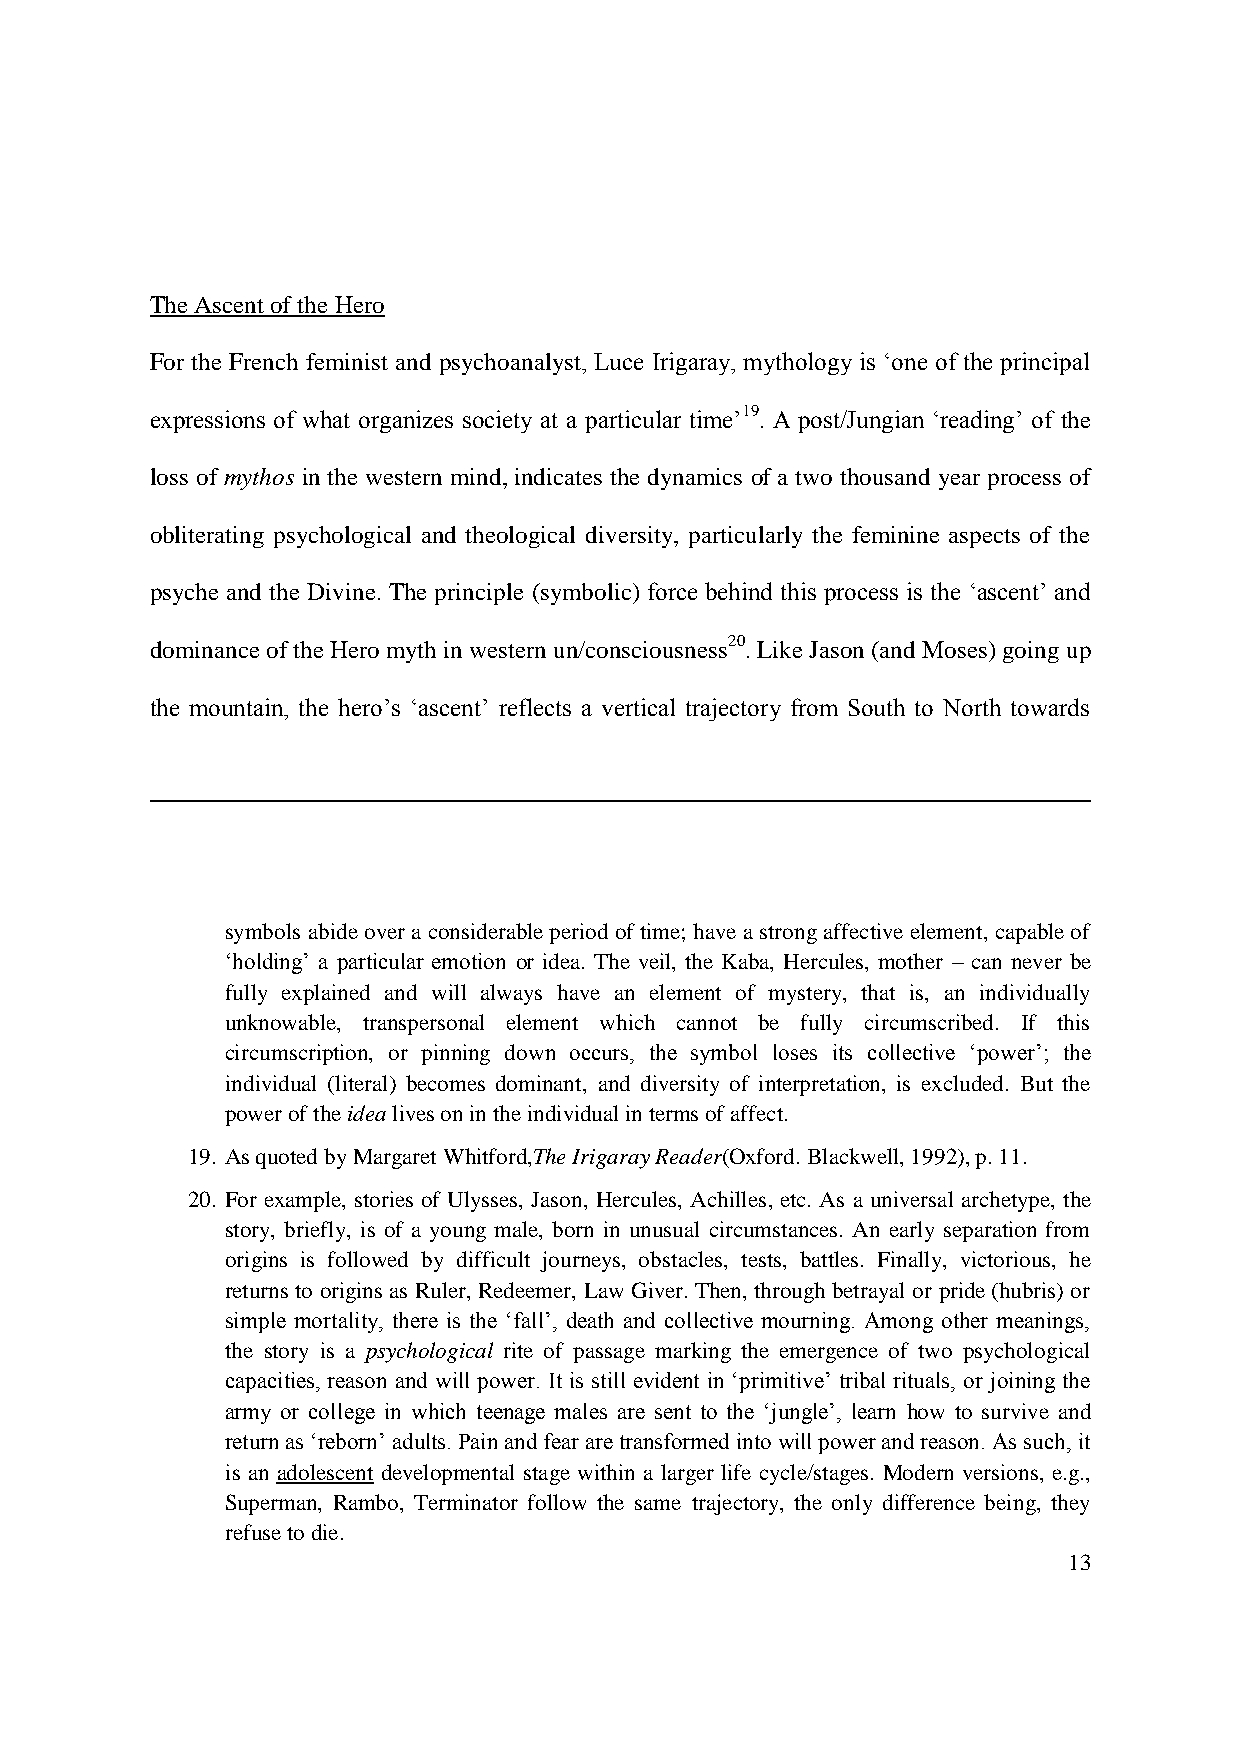
The Ascent of the Hero
 For the French feminist and psychoanalyst, Luce Irigaray, mythology is „one of the principal
 expressions of what organizes society at a particular time‟19. A post/Jungian „reading‟ of the
 loss of mythos in the western mind, indicates the dynamics of a two thousand year process of
 obliterating psychological and theological diversity, particularly the feminine aspects of the
 psyche and the Divine. The principle (symbolic) force behind this process is the „ascent‟ and
 dominance of the Hero myth in western un/consciousness20. Like Jason (and Moses) going up
 the mountain, the hero‟s „ascent‟ reflects a vertical trajectory from South to North towards
 symbols abide over a considerable period of time; have a strong affective element, capable of
 „holding‟ a particular emotion or idea. The veil, the Kaba, Hercules, mother – can never be
 fully explained and will always have an element of mystery, that is, an individually
 unknowable, transpersonal element which cannot be fully circumscribed. If this
 circumscription, or pinning down occurs, the symbol loses its collective „power‟; the
 individual (literal) becomes dominant, and diversity of interpretation, is excluded. But the
 power of the idea lives on in the individual in terms of affect.
 19. As quoted by Margaret Whitford,The Irigaray Reader(Oxford. Blackwell, 1992), p. 11.
 20. For example, stories of Ulysses, Jason, Hercules, Achilles, etc. As a universal archetype, the
 story, briefly, is of a young male, born in unusual circumstances. An early separation from
 origins is followed by difficult journeys, obstacles, tests, battles. Finally, victorious, he
 returns to origins as Ruler, Redeemer, Law Giver. Then, through betrayal or pride (hubris) or
 simple mortality, there is the „fall‟, death and collective mourning. Among other meanings,
 the story is a psychological rite of passage marking the emergence of two psychological
 capacities, reason and will power. It is still evident in „primitive‟ tribal rituals, or joining the
 army or college in which teenage males are sent to the „jungle‟, learn how to survive and
 return as „reborn‟ adults. Pain and fear are transformed into will power and reason. As such, it
 is an adolescent developmental stage within a larger life cycle/stages. Modern versions, e.g.,
 Superman, Rambo, Terminator follow the same trajectory, the only difference being, they
 refuse to die.
 13